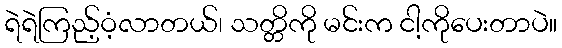
ရဲရဲကြည့်ဝံ့လာတယ်၊ သတ္တိကို မင်းက ငါ့ကိုပေးတာပဲ။